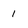
Character: 1